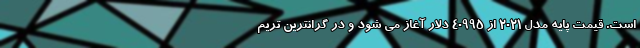
است. قیمت پایه مدل 2021 از 40995 دلار آغاز می شود و در گرانترین تریم